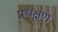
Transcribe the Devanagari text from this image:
प्रधक्षण